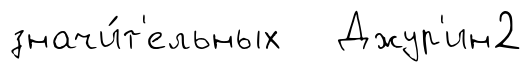
значи́т'ельных Джур'ин2